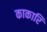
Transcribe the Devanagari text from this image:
काकारि